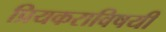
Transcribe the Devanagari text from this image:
प्रियकराविषयी